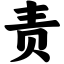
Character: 责